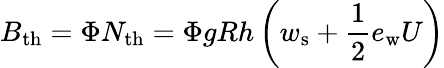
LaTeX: B_{\mathrm{th}}=\Phi N_{\mathrm{th}}=\Phi gRh\left(w_{\mathrm{s}}+\frac{1}{2}e_{\mathrm{w}}U\right)